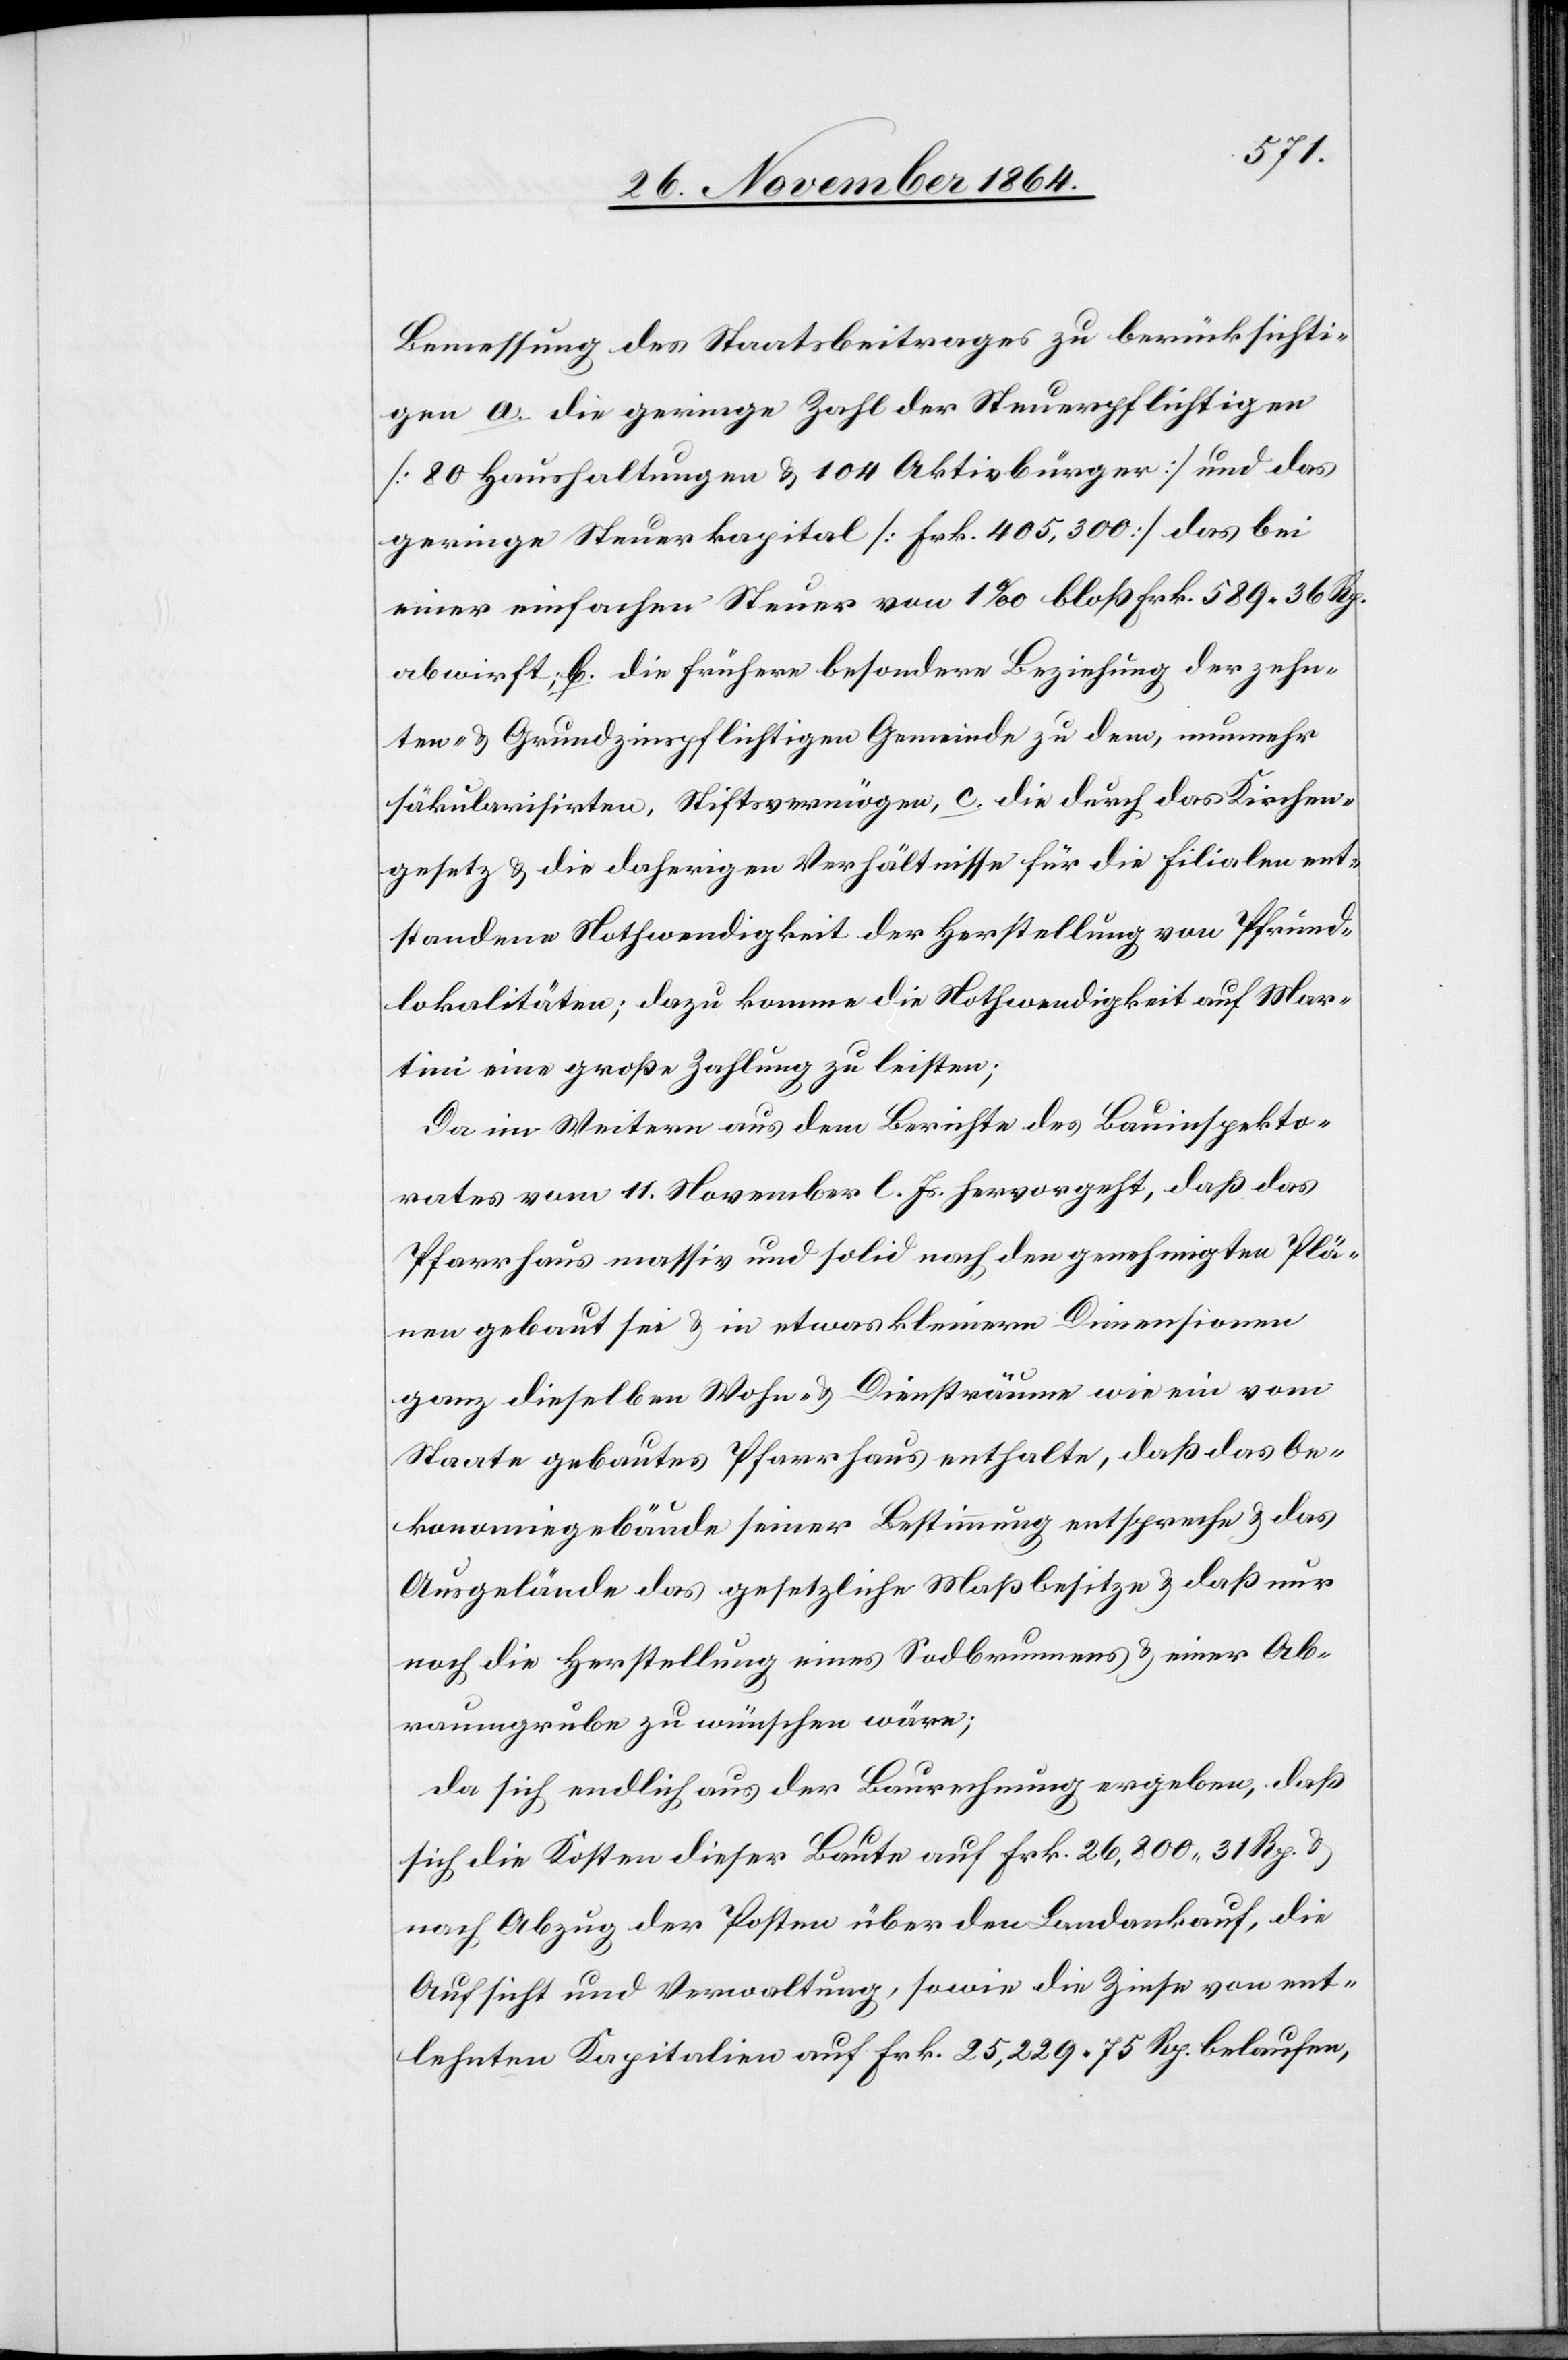
Bemessung des Staatsbeitrages zu berücksichti¬
gen a. die geringe Zahl der Steuerpflichtigen
[80 Haushaltungen & 104 Aktivbürger] und das
geringe Steuerkapital [Frk. 405,300] das bei
einer einfachen Steuer von 1‰ bloß Frk. 589.36 Rp.
abwirft; b. die frühere besondere Beziehung der zehn¬
ten- & Grundzinspflichtigen Gemeinde zu dem, nunmehr
säkularisirten, Stiftsvermögen, c. die durch das Kirchen¬
gesetz & die daherigen Verhältnisse für die Filialen ent¬
standene Nothwendigkeit der Herstellung von Pfrund¬
lokalitäten; dazu komme die Nothwendigkeit auf Mar¬
tini eine große Zahlung zu leisten;
Da im Weitern aus dem Berichte des Bauinspekto¬
rs vom 11. November l. Js. hervorgeht, daß das
Pfarrhaus massiv und solid nach den genehmigten Plä¬
nen gebaut sei & in etwas kleinern Dimensionen
ganz dieselben Wohn- & Diensträume wie ein vom
Staate gebautes Pfarrhaus enthalte, daß das Oe¬
konomiegebäude seiner Bestimmung entspreche & das
Ausgelände das gesetzliche Maß besitze & daß nur
noch die Herstellung eines Sodbrunnens & einer Ab¬
raumgrube zu wünschen wäre;
da sich endlich aus der Baurechnung ergeben, daß
sich die Kosten dieser Baute auf Frk. 26,800.31 Rp.
nach Abzug der Posten über den Landankauf, die
Aufsicht und Verwaltung, sowie die Zinse von ent¬
lehnten Kapitalien auf Frk. 25,229.75 Rp. belaufen,